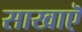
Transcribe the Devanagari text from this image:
साखाऎ